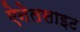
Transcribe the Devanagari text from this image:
ऐनेलसाइट